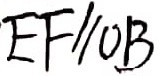
E F / / O B